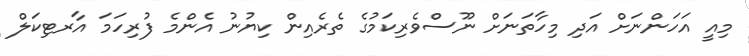
މިއީ އަހަންނަށް އަދި މިހާތަނަށް ނޫސްވެރިކަމުގެ ތެރެއިން ކިޔުނު އެންމެ ފުރިހަމަ އާރޓިކަލް